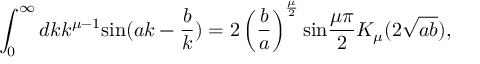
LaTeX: \int _ { 0 } ^ { \infty } d k k ^ { { \mu } - 1 } \mathrm { s i n } ( a k - \frac { b } { k } ) = 2 \left( \frac { b } { a } \right) ^ { \frac { \mu } { 2 } } \mathrm { s i n } \frac { { \mu } { \pi } } { 2 } K _ { \mu } ( 2 \sqrt { a b } ) ,